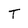
Character: T